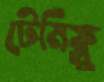
টেমিফ্লু